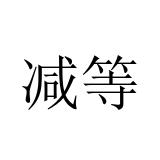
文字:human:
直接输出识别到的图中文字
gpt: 减等